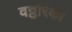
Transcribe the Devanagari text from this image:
वठ्ठरिका